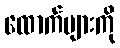
ထောက်များကို